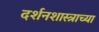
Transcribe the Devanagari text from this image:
दर्शनशास्त्राच्या